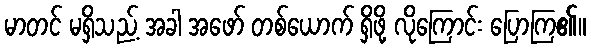
မာတင် မရှိသည့် အခါ အဖော် တစ်ယောက် ရှိဖို့ လိုကြောင်း ပြောကြ၏။